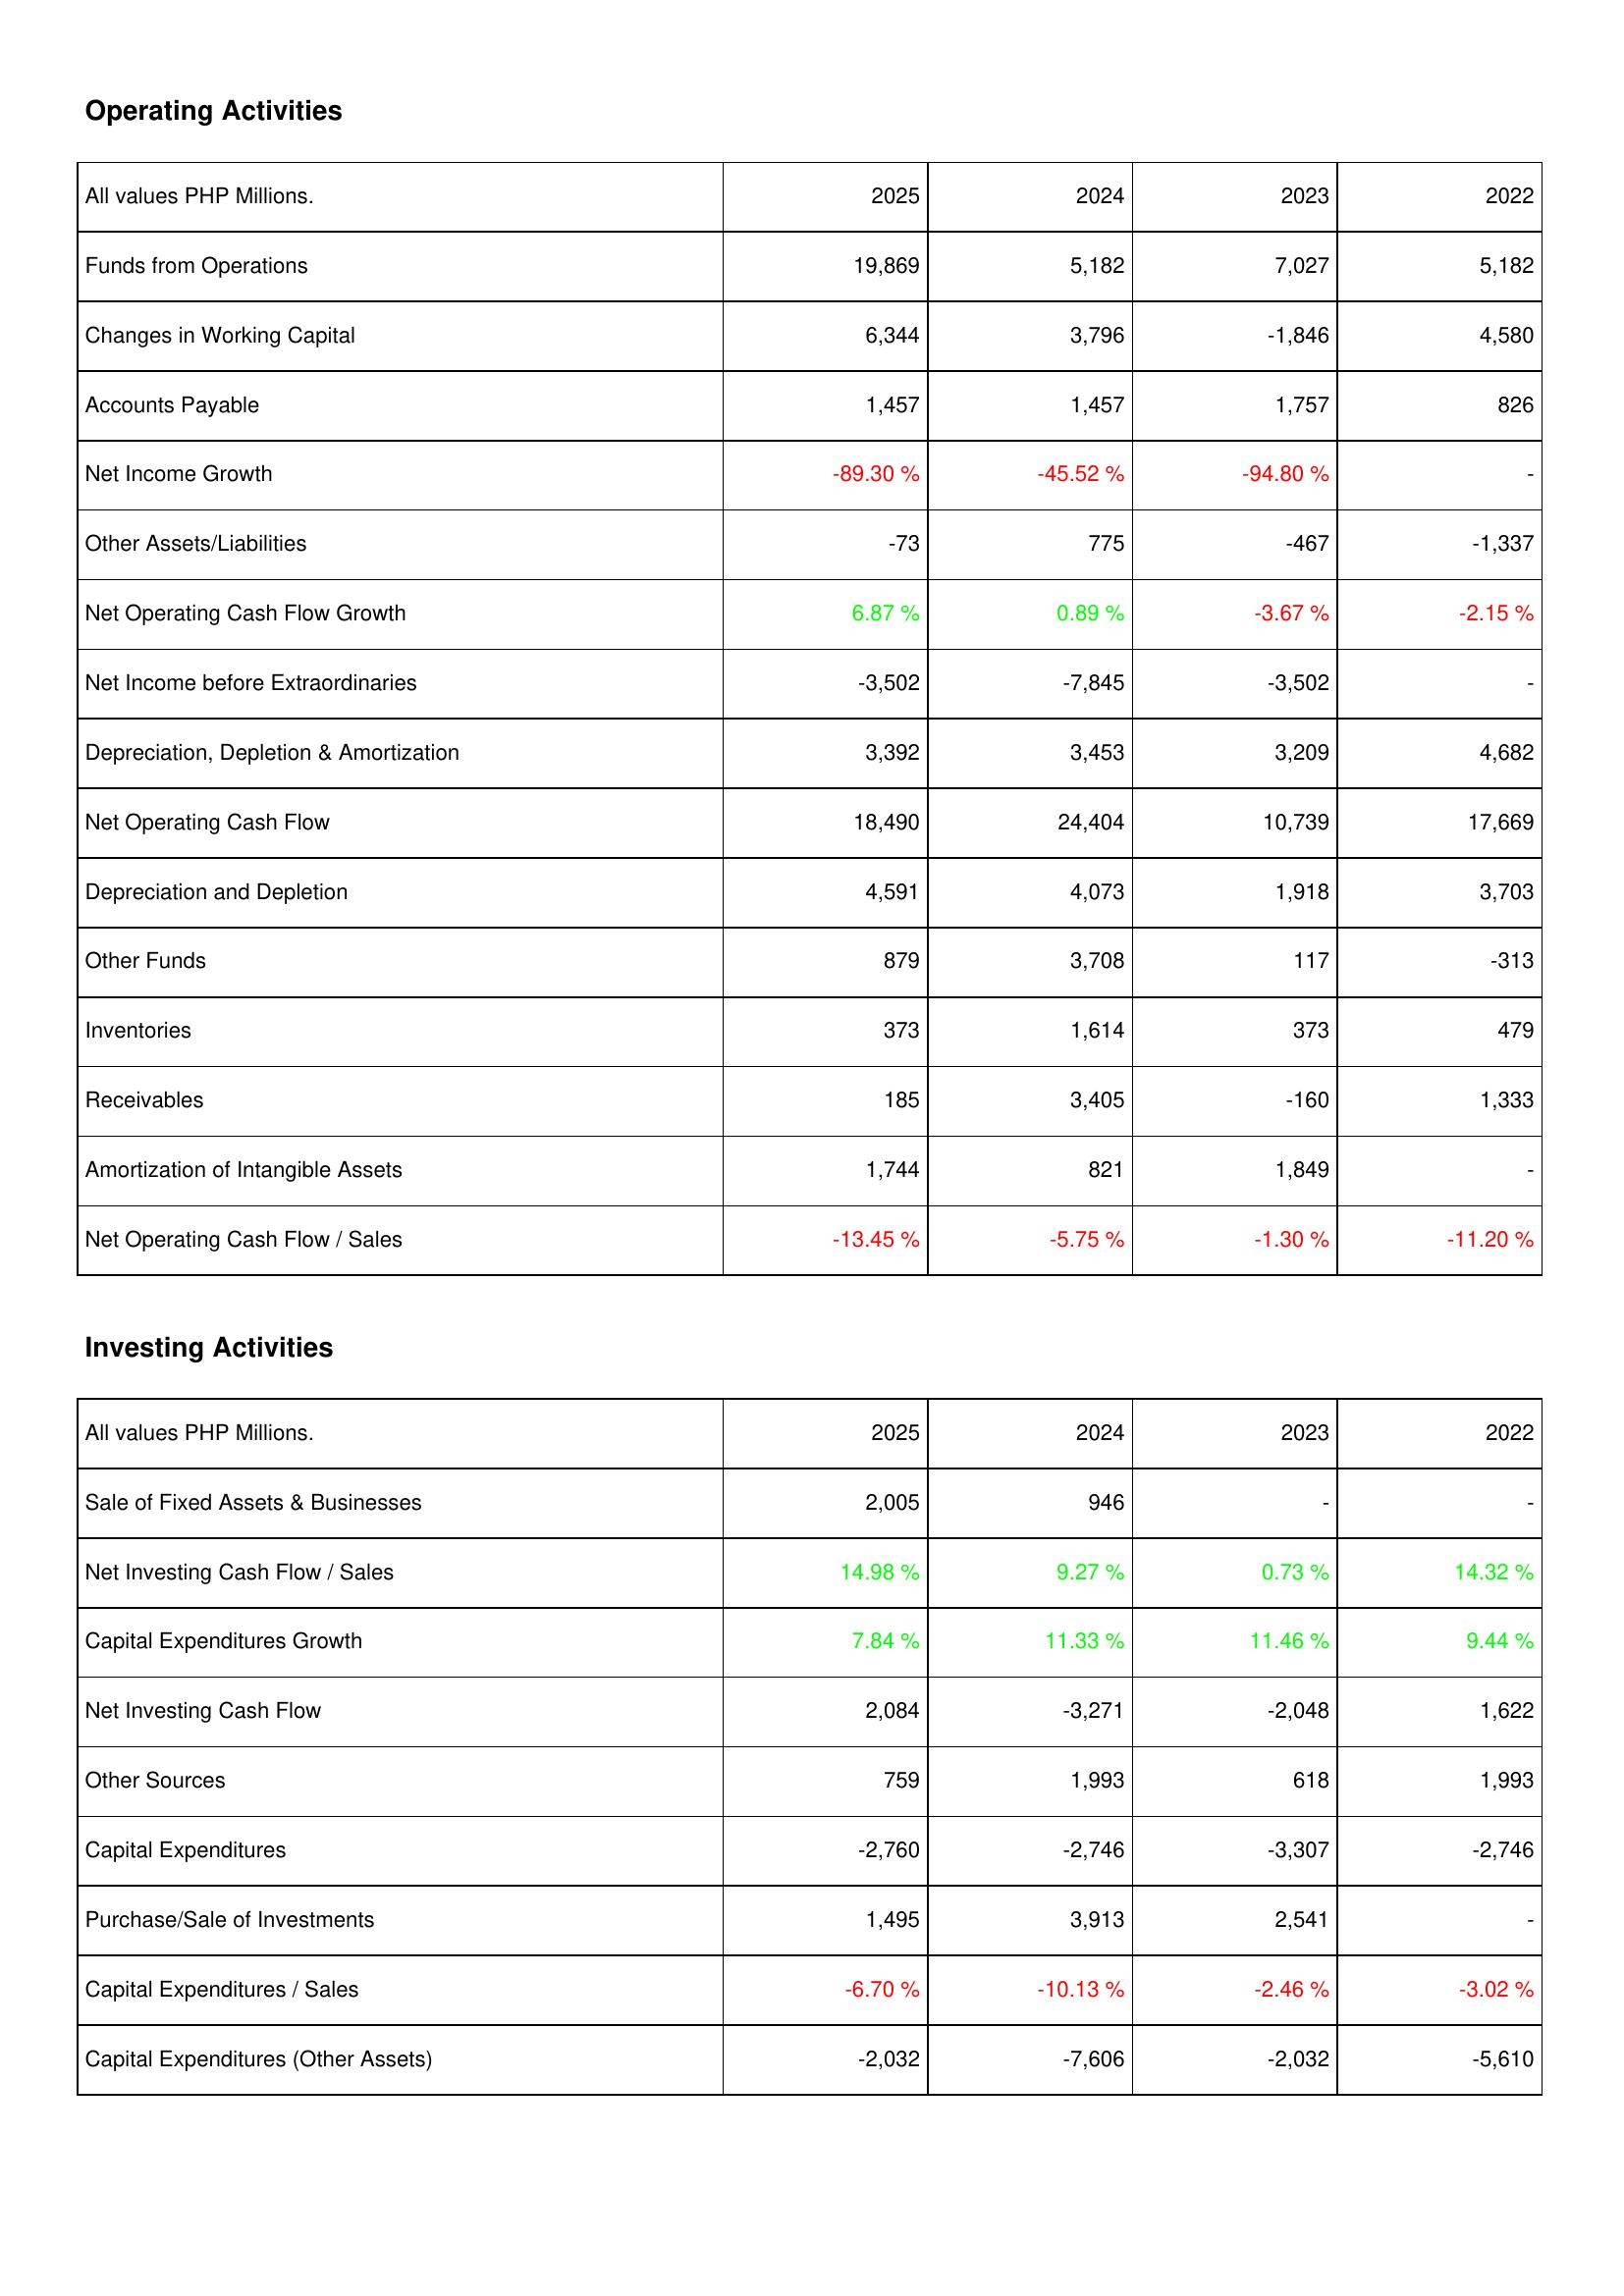
2025: Operating Activities: Funds from Operations: 19,869
Changes in Working Capital: 6,344
Accounts Payable: 1,457
Net Income Growth: -89.30 %
Other Assets/Liabilities: -73
Net Operating Cash Flow Growth: 6.87 %
Net Income before Extraordinaries: -3,502
Depreciation, Depletion & Amortization: 3,392
Net Operating Cash Flow: 18,490
Depreciation and Depletion: 4,591
Other Funds: 879
Inventories: 373
Receivables: 185
Amortization of Intangible Assets: 1,744
Net Operating Cash Flow / Sales: -13.45 %
Investing Activities: Sale of Fixed Assets & Businesses: 2,005
Net Investing Cash Flow / Sales: 14.98 %
Capital Expenditures Growth: 7.84 %
Net Investing Cash Flow: 2,084
Other Sources: 759
Capital Expenditures: -2,760
Purchase/Sale of Investments: 1,495
Capital Expenditures / Sales: -6.70 %
Capital Expenditures (Other Assets): -2,032
2024: Operating Activities: Funds from Operations: 5,182
Changes in Working Capital: 3,796
Accounts Payable: 1,457
Net Income Growth: -45.52 %
Other Assets/Liabilities: 775
Net Operating Cash Flow Growth: 0.89 %
Net Income before Extraordinaries: -7,845
Depreciation, Depletion & Amortization: 3,453
Net Operating Cash Flow: 24,404
Depreciation and Depletion: 4,073
Other Funds: 3,708
Inventories: 1,614
Receivables: 3,405
Amortization of Intangible Assets: 821
Net Operating Cash Flow / Sales: -5.75 %
Investing Activities: Sale of Fixed Assets & Businesses: 946
Net Investing Cash Flow / Sales: 9.27 %
Capital Expenditures Growth: 11.33 %
Net Investing Cash Flow: -3,271
Other Sources: 1,993
Capital Expenditures: -2,746
Purchase/Sale of Investments: 3,913
Capital Expenditures / Sales: -10.13 %
Capital Expenditures (Other Assets): -7,606
2023: Operating Activities: Funds from Operations: 7,027
Changes in Working Capital: -1,846
Accounts Payable: 1,757
Net Income Growth: -94.80 %
Other Assets/Liabilities: -467
Net Operating Cash Flow Growth: -3.67 %
Net Income before Extraordinaries: -3,502
Depreciation, Depletion & Amortization: 3,209
Net Operating Cash Flow: 10,739
Depreciation and Depletion: 1,918
Other Funds: 117
Inventories: 373
Receivables: -160
Amortization of Intangible Assets: 1,849
Net Operating Cash Flow / Sales: -1.30 %
Investing Activities: Sale of Fixed Assets & Businesses: -
Net Investing Cash Flow / Sales: 0.73 %
Capital Expenditures Growth: 11.46 %
Net Investing Cash Flow: -2,048
Other Sources: 618
Capital Expenditures: -3,307
Purchase/Sale of Investments: 2,541
Capital Expenditures / Sales: -2.46 %
Capital Expenditures (Other Assets): -2,032
2022: Operating Activities: Funds from Operations: 5,182
Changes in Working Capital: 4,580
Accounts Payable: 826
Net Income Growth: -
Other Assets/Liabilities: -1,337
Net Operating Cash Flow Growth: -2.15 %
Net Income before Extraordinaries: -
Depreciation, Depletion & Amortization: 4,682
Net Operating Cash Flow: 17,669
Depreciation and Depletion: 3,703
Other Funds: -313
Inventories: 479
Receivables: 1,333
Amortization of Intangible Assets: -
Net Operating Cash Flow / Sales: -11.20 %
Investing Activities: Sale of Fixed Assets & Businesses: -
Net Investing Cash Flow / Sales: 14.32 %
Capital Expenditures Growth: 9.44 %
Net Investing Cash Flow: 1,622
Other Sources: 1,993
Capital Expenditures: -2,746
Purchase/Sale of Investments: -
Capital Expenditures / Sales: -3.02 %
Capital Expenditures (Other Assets): -5,610